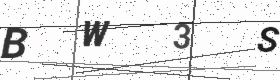
Text: BW3S